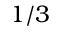
1 / 3